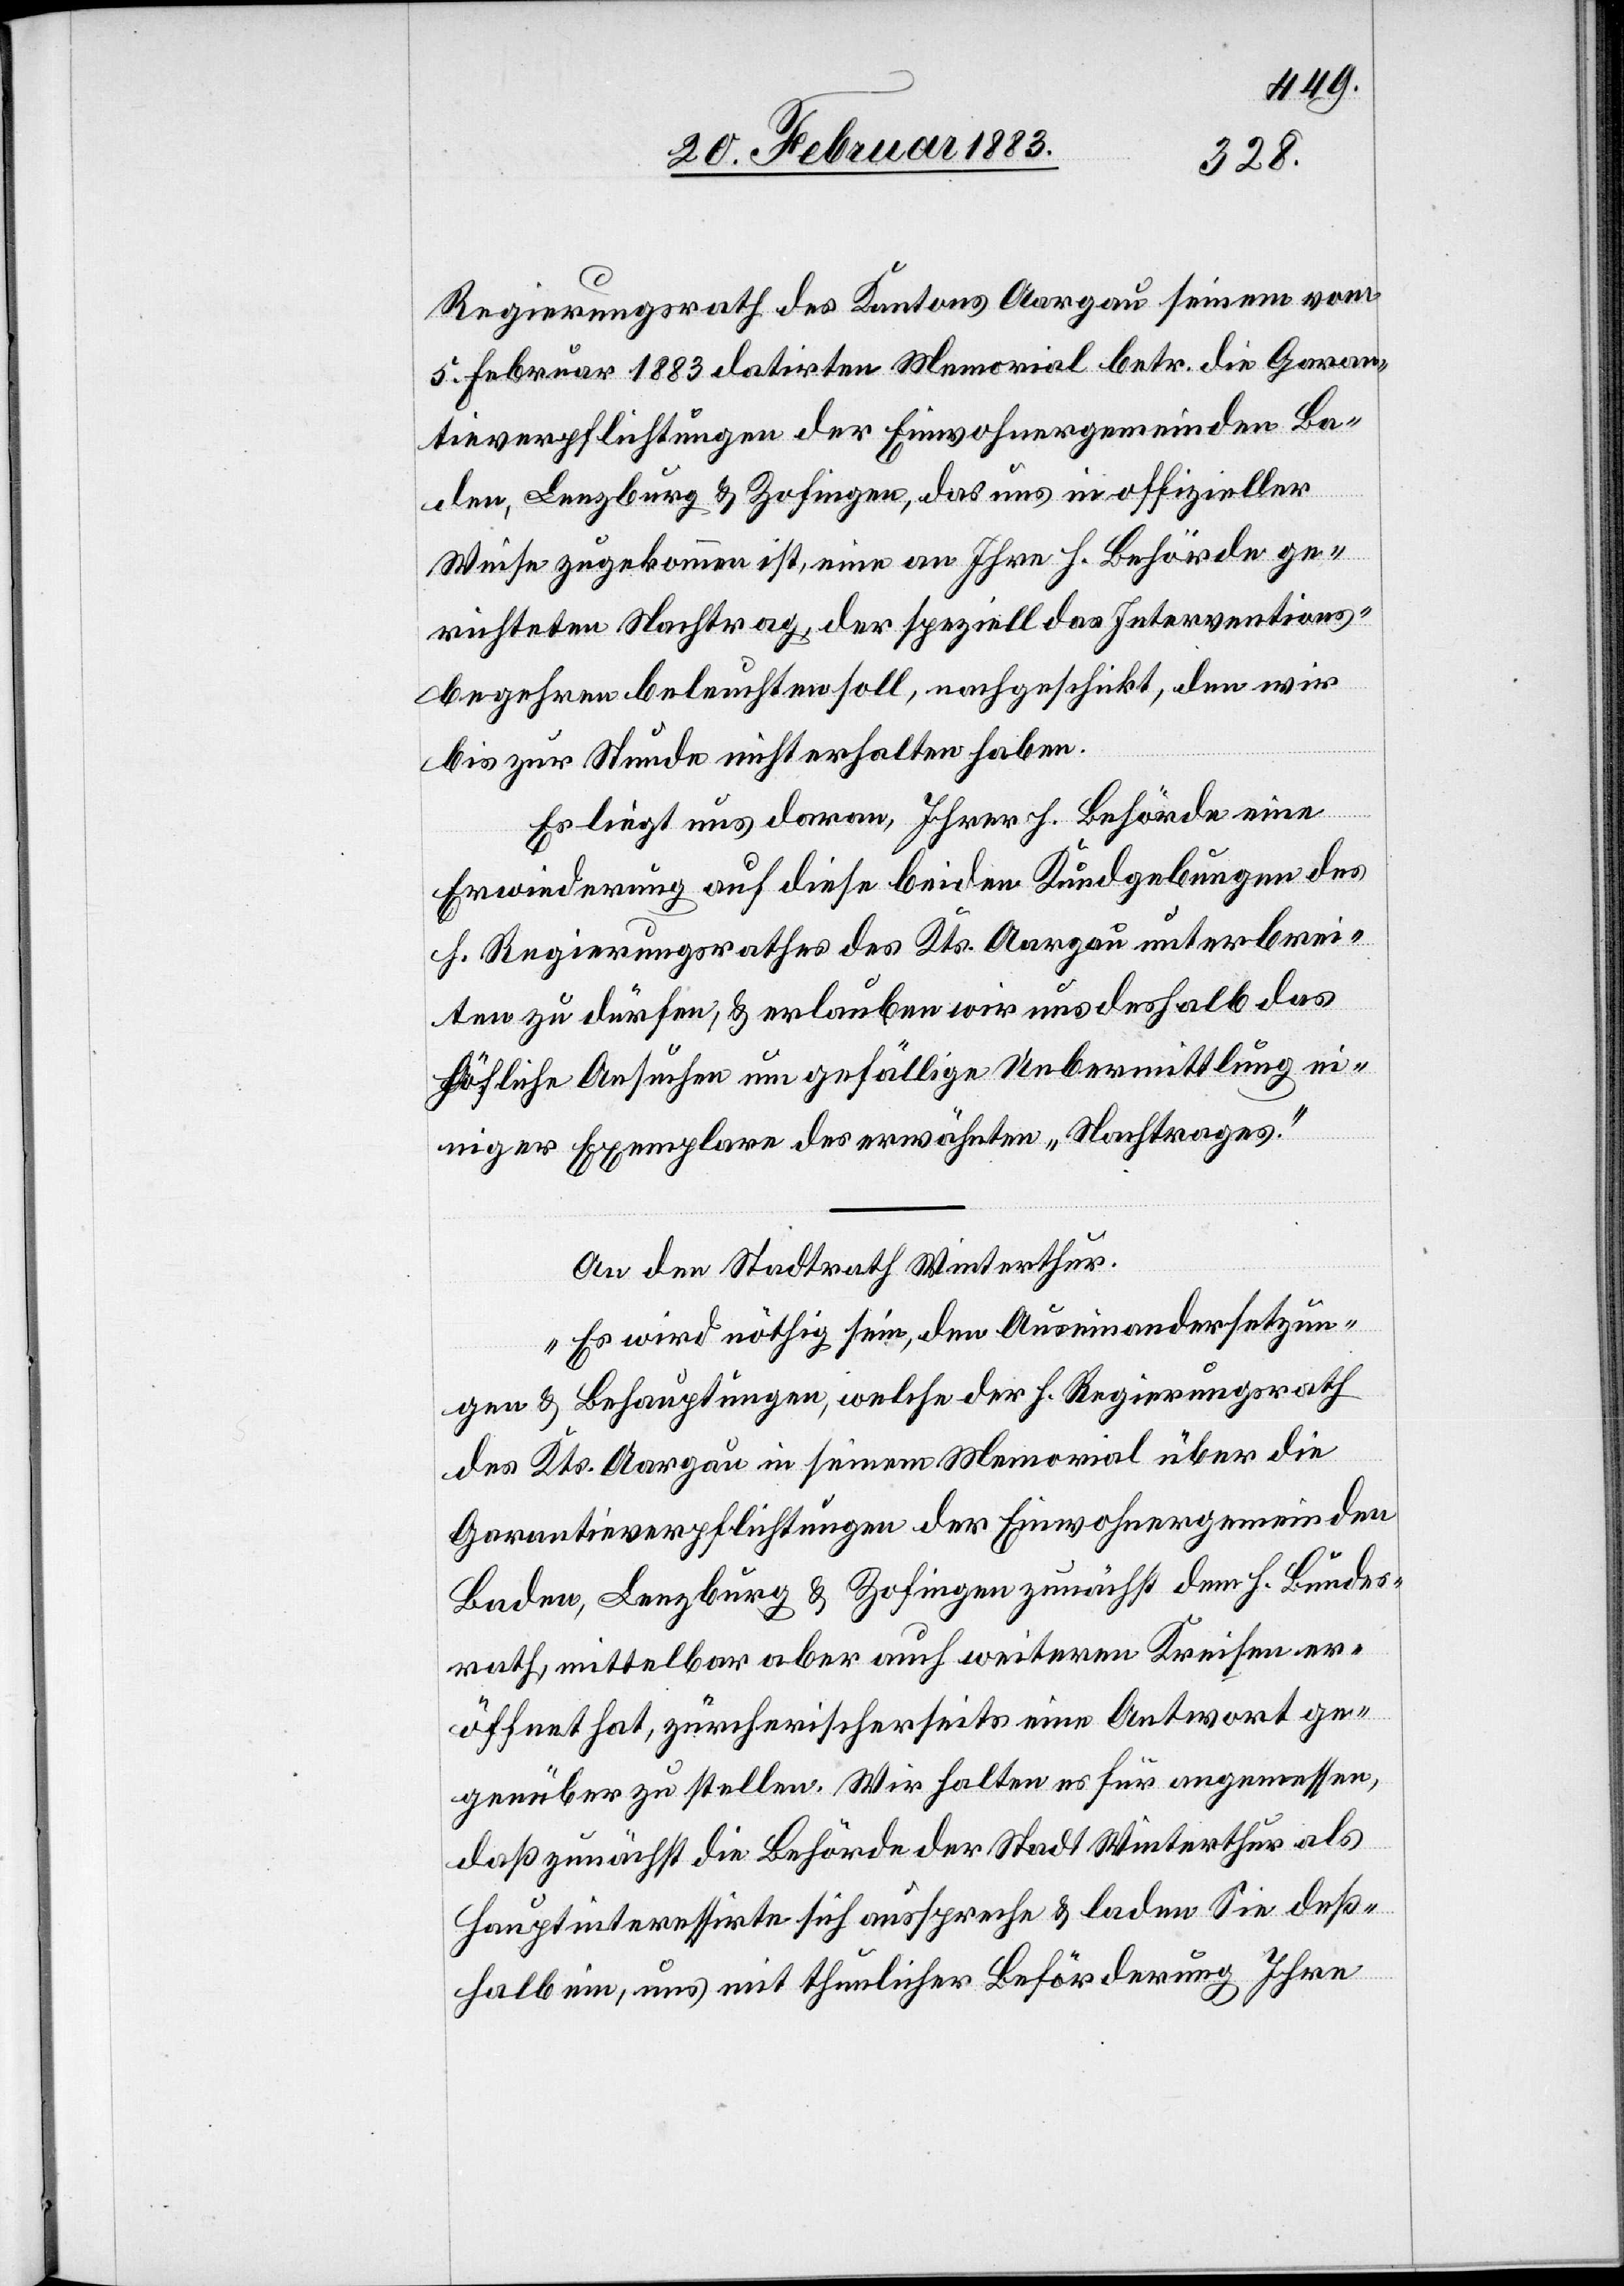
Regierungsrath des Kantons Aargau seinem vom
5. Februar 1883 datirten Memorial betr. die Garan¬
tieverpflichtungen der Einwohnergemeinden Ba¬
den, Lenzburg & Zofingen, das uns in offizieller
Weise zugekommen ist, eine[n] an Ihre h. Behörde ge¬
richteten Nachtrag, der speziell das Interventions¬
begehren beleuchten soll, nachgeschickt, den wir
bis zur Stunde nicht erhalten haben.
Es liegt uns daran, Ihrer h. Behörde eine
Erwiederung auf diese beiden Kundgebungen des
h. Regierungsrathes des Kts. Aargau unterbrei¬
ten zu dürfen, & erlauben wir uns deshalb das
höfliche Ansuchen um gefällige Uebermittlung ei¬
niger Exemplare des erwähnten „Nachtrages“.“
An den Stadtrath Winterthur.
„Es wird nöthig sein, den Auseinandersetzun¬
gen & Behauptungen, welche der h. Regierungsrath
des Kts. Aargau in seinem Memorial über die
Garantieverpflichtungen der Einwohnergemeinden
Baden, Lenzburg & Zofingen zunächst dem h. Bundes¬
rath mittelbar aber auch weiteren Kreisen er¬
öffnet hat, zürcherischerseits eine Antwort ge¬
genüber zu stellen. Wir halten es für angemessen,
daß zunächst die Behörde der Stadt Winterthur als
Hauptinteressirte sich ausspreche & laden Sie deß¬
halb ein, uns mit thunlicher Beförderung Ihre